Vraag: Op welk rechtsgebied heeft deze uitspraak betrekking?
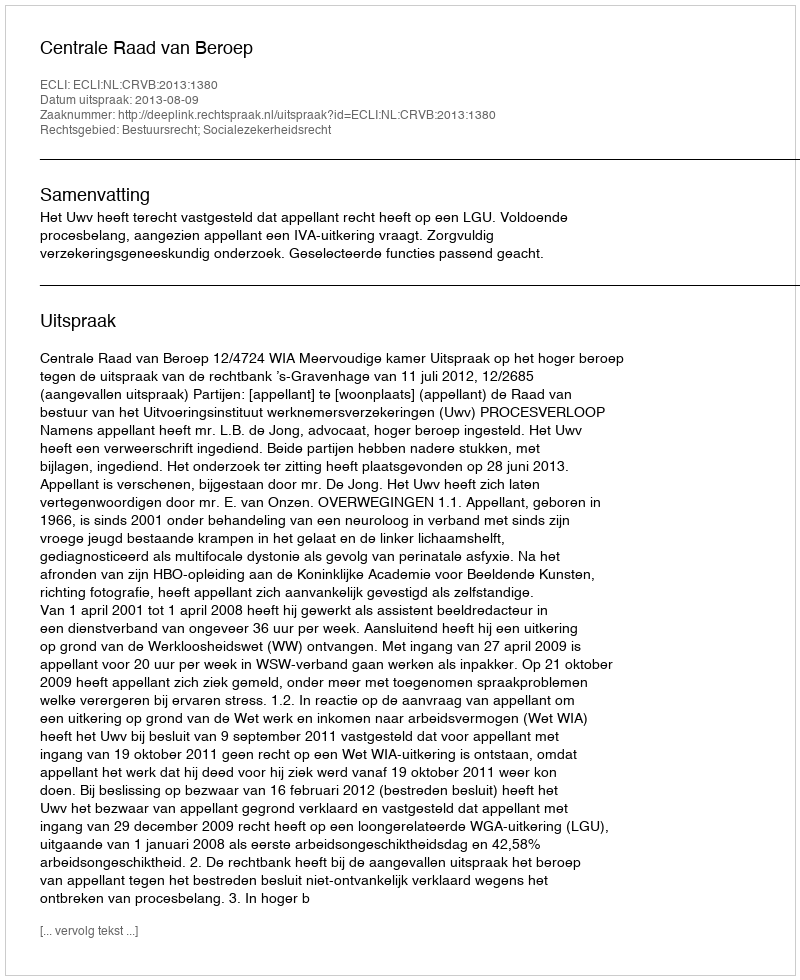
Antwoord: Bestuursrecht; Socialezekerheidsrecht